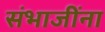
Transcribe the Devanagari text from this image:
संभाजींना